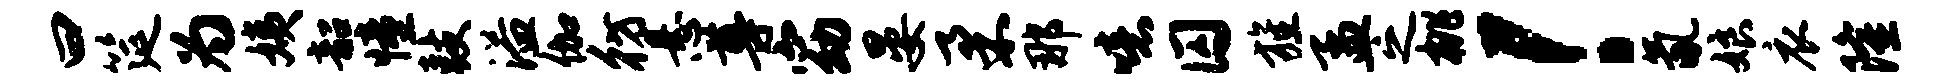
曰筵为姨韶憧鼓溢伽彷悬尊窈晏柔那噫囚旌孟之桃！氤娘衣隆